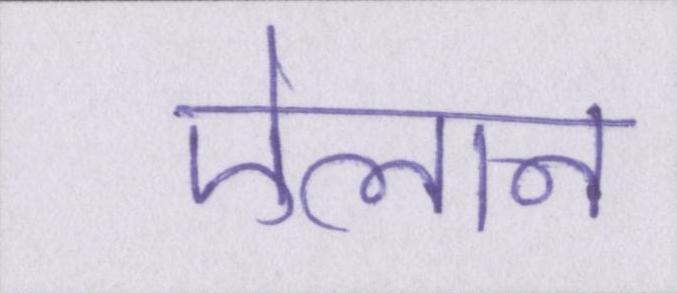
ऐलान